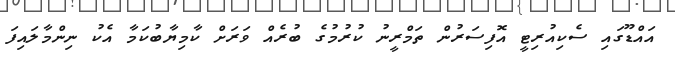
އައްޑޫގައި ސެކިއުރިޓީ އޮފިސަރުން ތަމްރީނު ކުރުމުގެ ބުރެއް ވަރަށް ކާމިޔާބުކަމާ އެކު ނިންމާލައިފަ